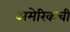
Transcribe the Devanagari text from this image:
अमेरिकची